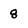
Character: 8